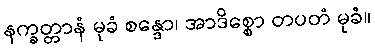
နက္ခတ္တာနံ မုခံ စန္ဒော၊ အာဒိစ္စော တပတံ မုခံ။